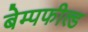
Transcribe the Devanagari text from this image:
बेम्पफील्ड